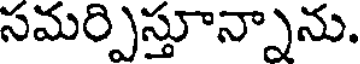
సమర్పిస్తూన్నాను.